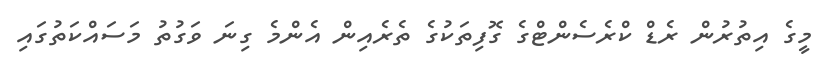
މީގެ އިތުރުން ރެޑް ކްރެސެންޓްގެ ގޮފިތަކުގެ ތެރެއިން އެންމެ ގިނަ ވަގުތު މަސައްކަތުގައި